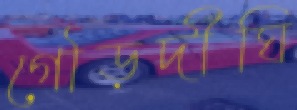
গৌড়দীঘি